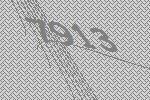
7913